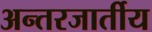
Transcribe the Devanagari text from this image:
अन्तरजार्तीय